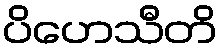
ပိဟေသီတိ